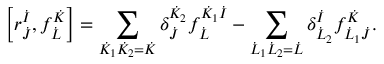
\left[ r _ { \dot { J } } ^ { \dot { I } } , f _ { \dot { L } } ^ { \dot { K } } \right] = \sum _ { \dot { K } _ { 1 } \dot { K } _ { 2 } = \dot { K } } \delta _ { \dot { J } } ^ { \dot { K } _ { 2 } } f _ { \dot { L } } ^ { \dot { K } _ { 1 } \dot { I } } - \sum _ { \dot { L } _ { 1 } \dot { L } _ { 2 } = \dot { L } } \delta _ { \dot { L } _ { 2 } } ^ { \dot { I } } f _ { \dot { L } _ { 1 } \dot { J } } ^ { \dot { K } } .